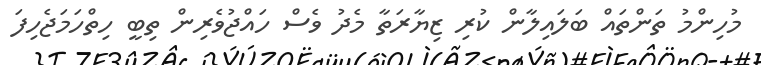
މުހިންމު ތަންތައް ބަލައިލާން ކުރި ޒިޔާރަތާ މެދު ވެސް ހައްޖުވެރިން ތިބީ ހިތްހަމަޖެހިފަ